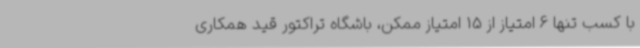
با کسب تنها 6 امتیاز از 15 امتیاز ممکن، باشگاه تراکتور قید همکاری